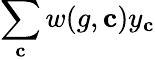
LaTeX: \sum_{\mathbf{c}}w(g,\mathbf{c})y_{\mathbf{c}}